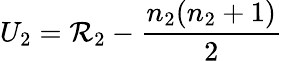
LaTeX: U_{2}=\mathcal{R}_{2}-{\frac{{n_{2}(n_{2}+1)}}{{2}}}\,